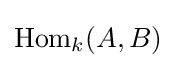
{\text{Hom}}_{k}(A,B)